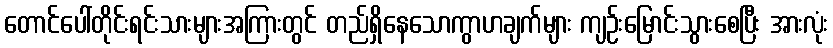
တောင်ပေါ်တိုင်းရင်းသားများအကြားတွင် တည်ရှိနေသောကွာဟချက်များ ကျဉ်းမြောင်းသွားစေပြီး အားလုံး